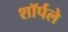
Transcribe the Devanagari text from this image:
शॉर्पले